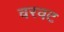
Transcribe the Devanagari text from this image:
वरवट